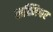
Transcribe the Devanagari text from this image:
लक्ष्मिश्वर